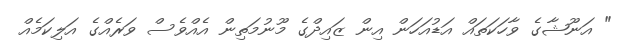
" އަނޫޝާގެ ވާހަކަތައް އަޑުއަހަން އިން ޒައިދްގެ މޫނުމަތިން އެއްވެސް ވަރެއްގެ އަލިކަމެއް